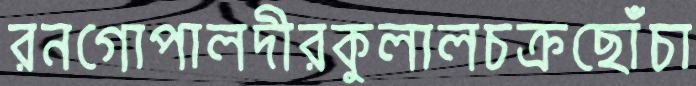
রনগোপালদীরকুলালচক্রছোঁচা